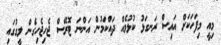
މިއީ މިފަހަކަށް އައިސް ރަނގަޅު ކުޅުމެއް ދައްކަމުން އަންނަ ޓޮރޭސް ޖެހިޖެހިގެން ލީގުގައި